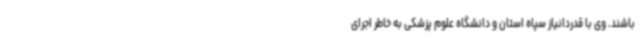
باشند. وی با قدردانیاز سپاه استان و دانشگاه علوم پزشکی به خاطر اجرای